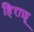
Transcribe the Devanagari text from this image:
हिराफ़ू